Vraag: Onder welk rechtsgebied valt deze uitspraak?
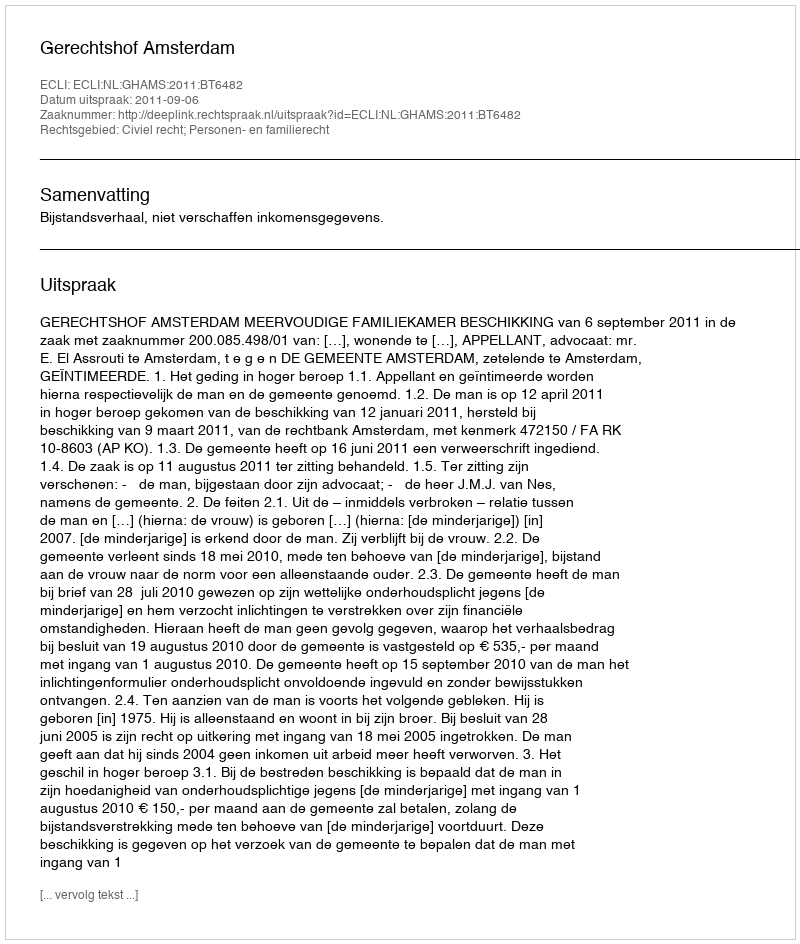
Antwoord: Civiel recht; Personen- en familierecht